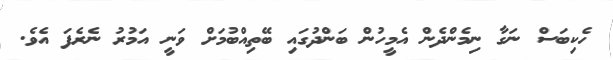
ހެކިބަސް ނަގާ ނިމެންދެން އެމީހުން ބަންދުގައި ބޭތިއްބުމަށް ވަނީ އަމުރު ނެރެފަ އެވެ.